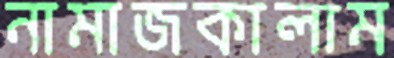
নামাজকালাম